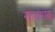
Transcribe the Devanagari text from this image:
सावगांव